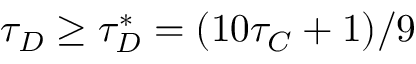
\tau _ { D } \geq \tau _ { D } ^ { * } = ( 1 0 \tau _ { C } + 1 ) / 9